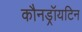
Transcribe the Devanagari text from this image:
कौनड्रॉयटिन